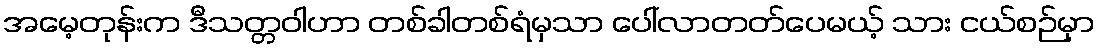
အမေ့တုန်းက ဒီသတ္တဝါဟာ တစ်ခါတစ်ရံမှသာ ပေါ်လာတတ်ပေမယ့် သား ငယ်စဉ်မှာ